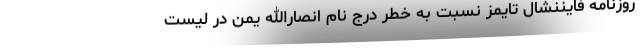
روزنامه فایننشال تایمز نسبت به خطر درج نام انصارالله یمن در لیست